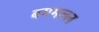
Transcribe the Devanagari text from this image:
बममल्ल